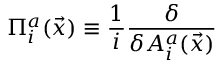
\Pi _ { i } ^ { a } ( \vec { x } ) \equiv \frac { 1 } { i } \frac { \delta } { \delta A _ { i } ^ { a } ( \vec { x } ) }